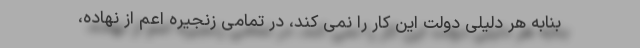
بنابه هر دلیلی دولت این کار را نمی کند، در تمامی زنجیره اعم از نهاده،